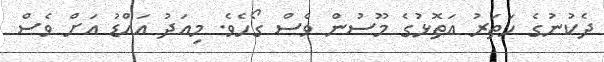
ދެކުނުގެ ހަތަރު އަތޮޅުގެ މޫސުން ވެސް ގޯހެވެ. މިއަދު އައްޑު އަށް ވެސް